kultuurilooline_kollektsioon, lk 19
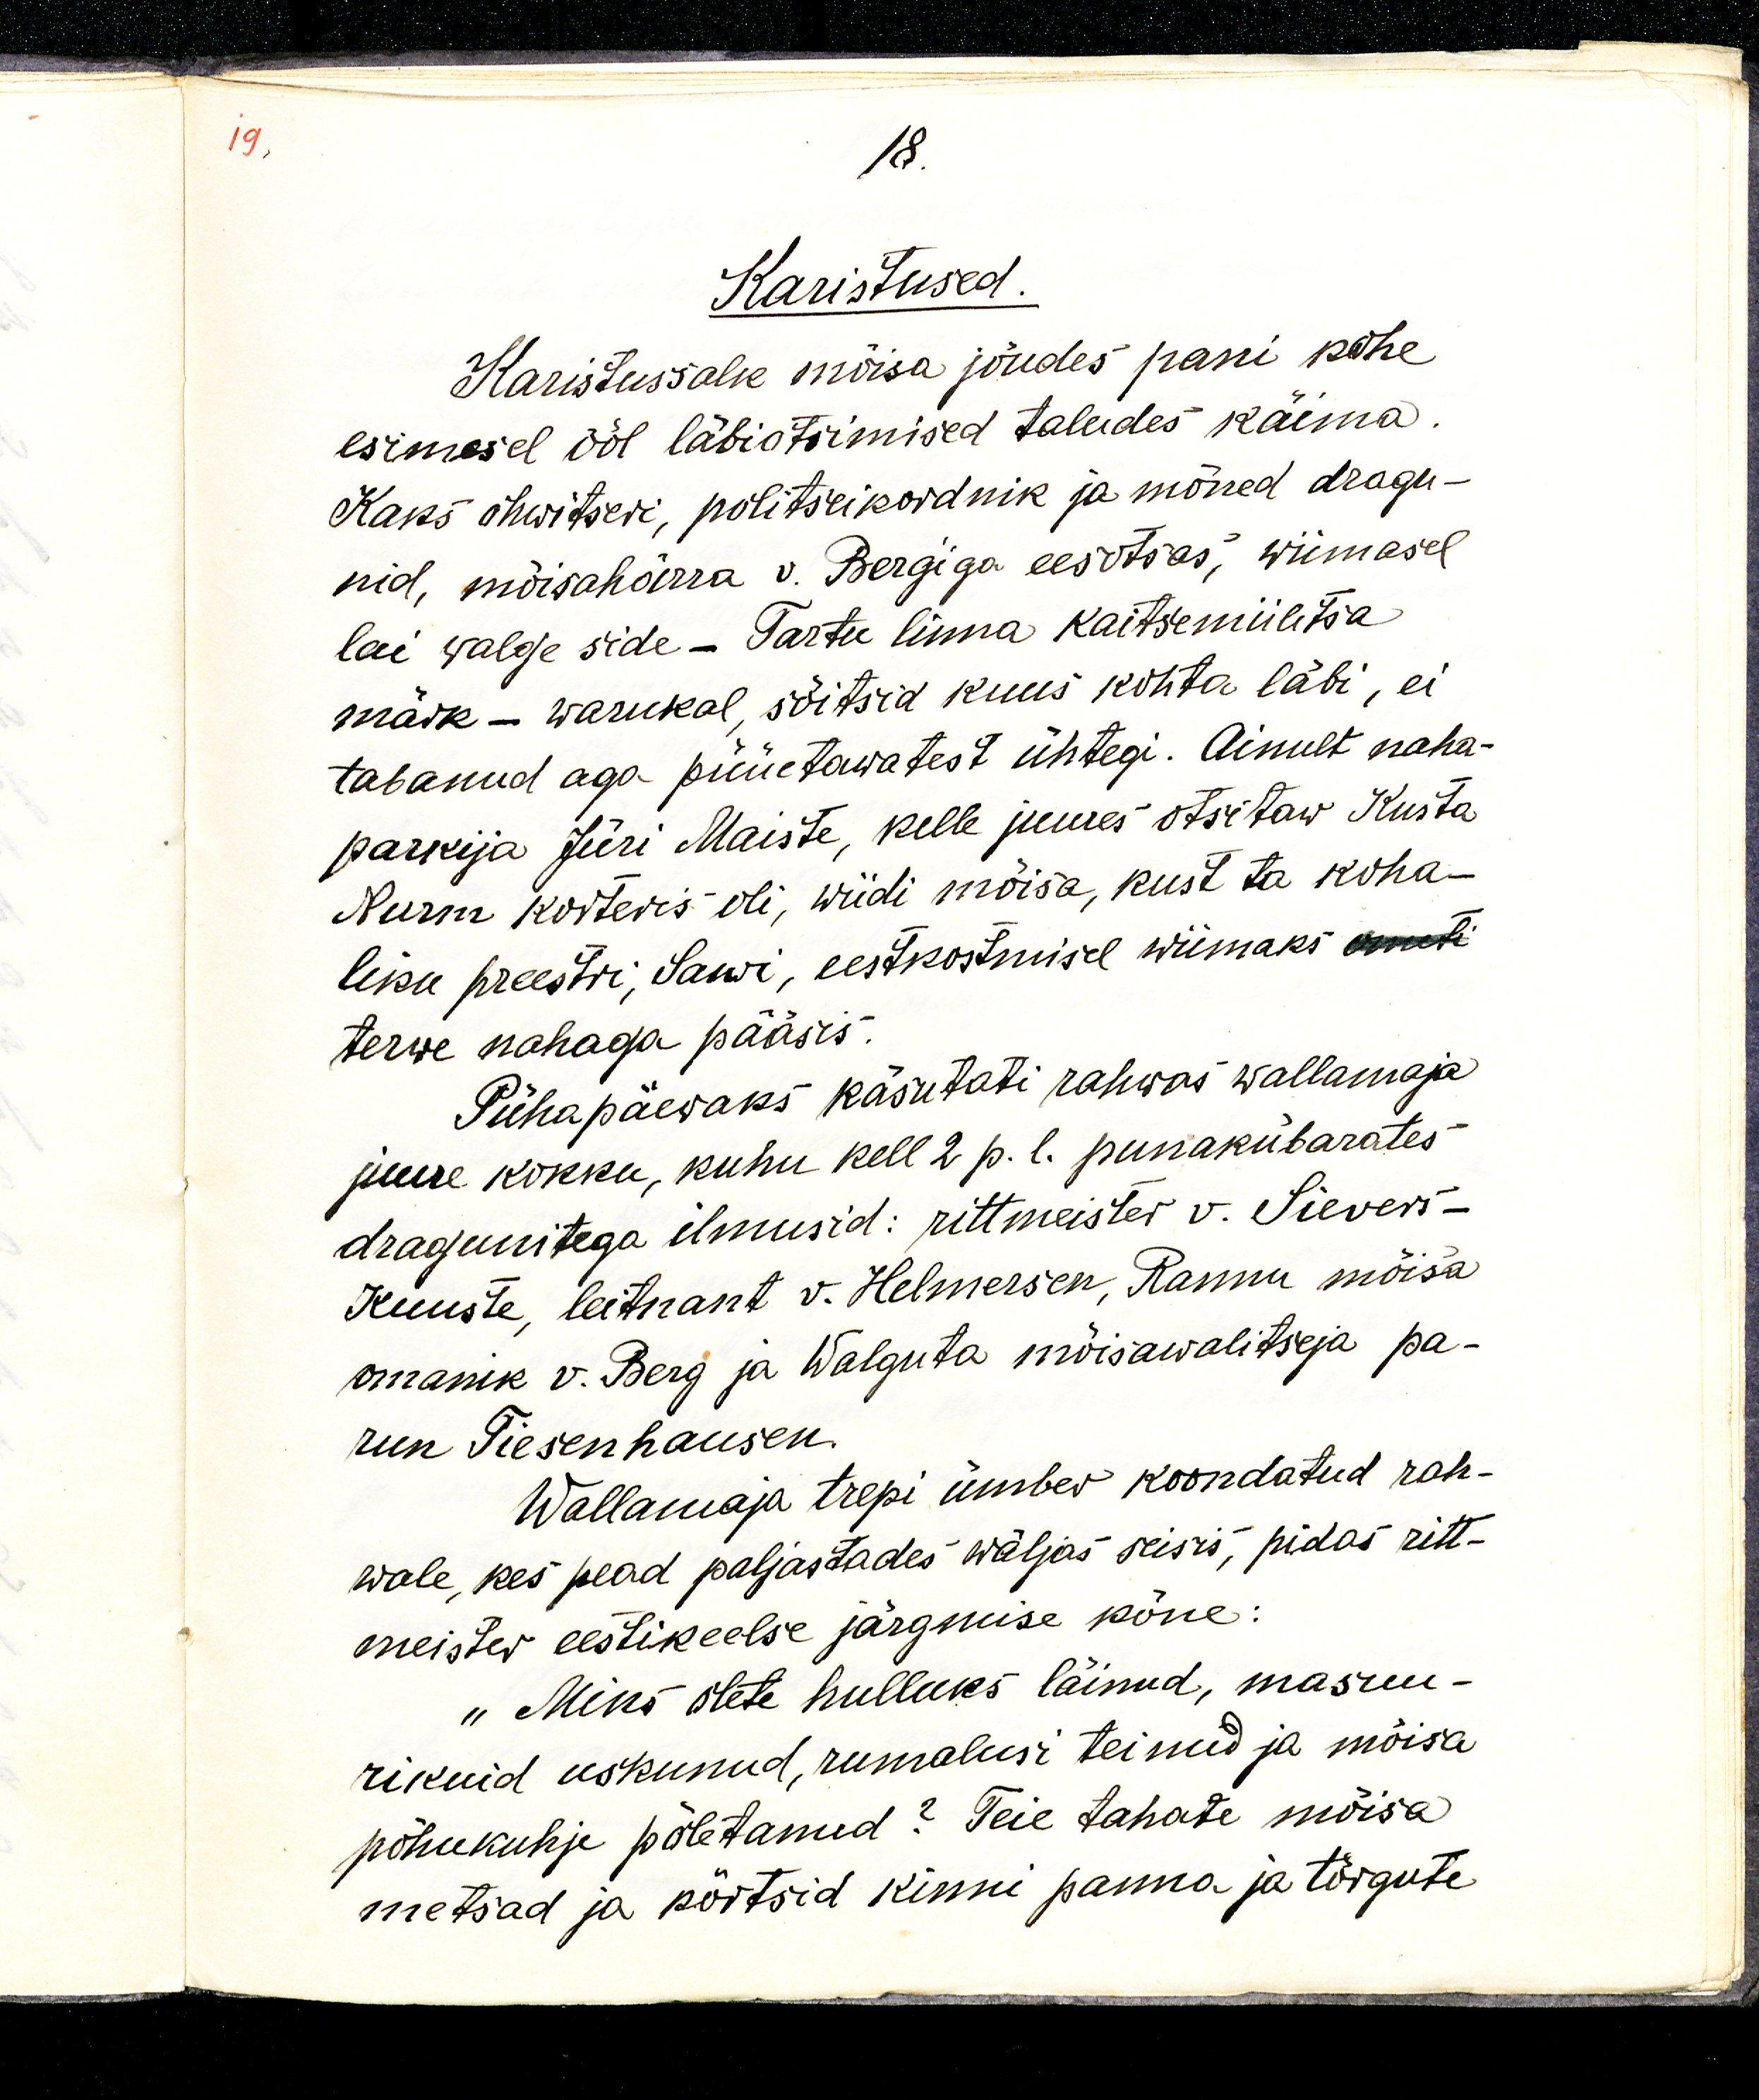
19.

18
Karistused.
Karistussalk mõisa jõudes pani kohe
esimesel ööl läbiotsimised taludes käima.
Kaks ohwitseri, politseikordnik ja mõned dragu-
nid mõisahärra v. Berg'iga eesotsas, wiimasel
lai walge side - Tartu linna kaitsemiilitsa
märk - warukal, sõitsid kuus kohta läbi, ei
tabanud aga püüetawatest ühtegi. Ainult naha-
parkija Jüri Maiste, kelle juures otsitaw Kusta
Nurm korteris oli, wiidi mõisa, kust ta koha-
liku preestri, Sawi, eestkostmisel wiimaks
terwe nahaga pääses.
Pühapäewaks käsutati rahwas wallamaja
juure kokku, kuhu kell 2 p. l. punakübarates
dragunitega ilmusid: rittmeister v. Sievers - 
Kuuste, leitnant v. Helmersen, Rannu mõisa
omanik v. Berg ja Walguta mõisawalitseja pa-
run Tiesenhausen.
Wallamaja trepi ümber koondatud rah-
wale, kes pead paljastades wäljas seisis, pidas ritt-
meister eestikeelse järgmise kõne:
„Miks olete hulluks läinud, masuu-
rikuid uskunud, rumalusi teinud ja mõisa
põhukuhje põletanud? Teie tahate mõisa
metsad ja kõrtsid kinni panna ja tõrgute